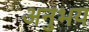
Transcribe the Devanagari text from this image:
अनुभय